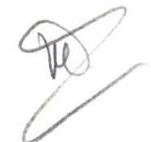
?